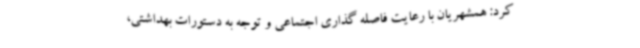
کرد: همشهریان با رعایت فاصله گذاری اجتماعی و توجه به دستورات بهداشتی،